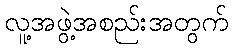
လူ့အဖွဲ့အစည်းအတွက်